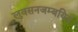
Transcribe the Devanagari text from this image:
लुवसनजम्बयिन